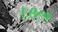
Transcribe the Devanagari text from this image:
६९८१